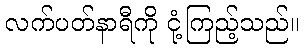
လက်ပတ်နာရီကို ငုံ့ကြည့်သည်။